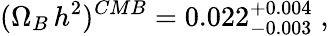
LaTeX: (\Omega_{B}\, h^{2})^{CMB}=0.022_{-0.003}^{+0.004}\; ,